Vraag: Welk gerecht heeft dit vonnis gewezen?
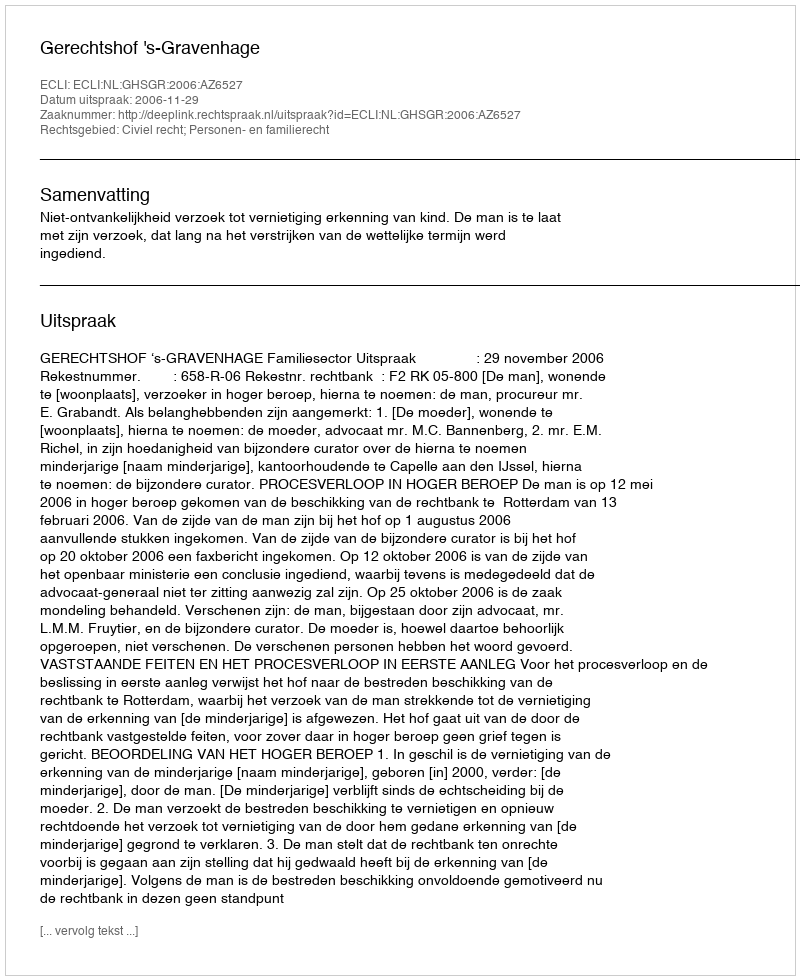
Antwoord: Gerechtshof 's-Gravenhage